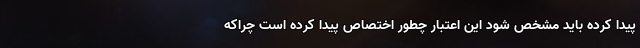
پیدا کرده باید مشخص شود این اعتبار چطور اختصاص پیدا کرده است چراکه